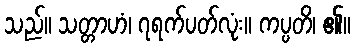
သည်။ သတ္တာဟံ၊ ၇ရက်ပတ်လုံး။ ကပ္ပတိ၊ ၏။